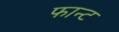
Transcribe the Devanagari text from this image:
फान्ट